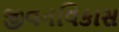
જીવનવિકાસ